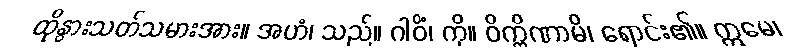
ထိုနွားသတ်သမားအား။ အဟံ၊ သည်။ ဂါဝိံ၊ ကို။ ဝိက္ကိဏာမိ၊ ရောင်း၏။ ဣမေ၊